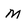
Character: m